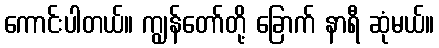
ကောင်းပါတယ်။ ကျွန်တော်တို့ ခြောက် နာရီ ဆုံမယ်။